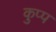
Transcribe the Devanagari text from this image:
कुप्प